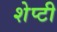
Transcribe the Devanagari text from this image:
शेप्टी